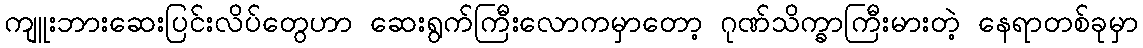
ကျူးဘားဆေးပြင်းလိပ်တွေဟာ ဆေးရွက်ကြီးလောကမှာတော့ ဂုဏ်သိက္ခာကြီးမားတဲ့ နေရာတစ်ခုမှာ